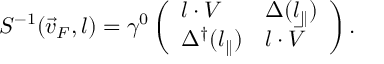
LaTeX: S ^ { - 1 } ( \vec { v } _ { F } , l ) = \gamma ^ { 0 } \left( \begin{array} { l l } { { l \cdot V } } & { { \Delta ( l _ { \parallel } ) } } \\ { { \Delta ^ { \dagger } ( l _ { \parallel } ) } } & { { l \cdot \bar { V } } } \end{array} \right) .